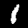
Digit: 1